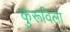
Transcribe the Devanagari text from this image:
कुरूविला